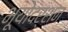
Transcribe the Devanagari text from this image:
भूयोदर्शन